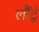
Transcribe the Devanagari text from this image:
लौंटूं